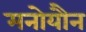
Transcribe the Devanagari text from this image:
मनोयौन